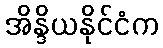
အိန္ဒိယနိုင်ငံက